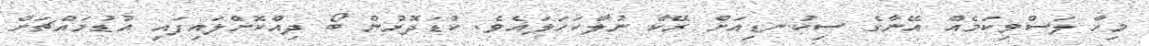
މިހާ ލަސްވިކަމެއް އޭނާގެ ސިކުނޑިއަށް ރޭކާ ނުލާކަހަލައެވެ. ކުޑަދޮރުން ބޯ ދިއްކޮށްލައިފައި އުޑުމައްޗަށް